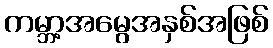
ကမ္ဘာ့အမွေအနှစ်အဖြစ်